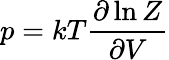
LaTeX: p=kT{\frac{\partial\ln Z}{\partial V}}